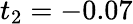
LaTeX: t_{2}=-0.07